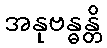
အနုဗန္ဓန္တိ